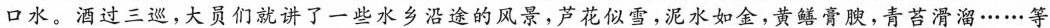
口水。酒过三巡，大员们就讲了一些水乡沿途的风景，芦花似雪，泥水如金，黄鳝膏腴，青苔滑溜 \cdots \cdots 等